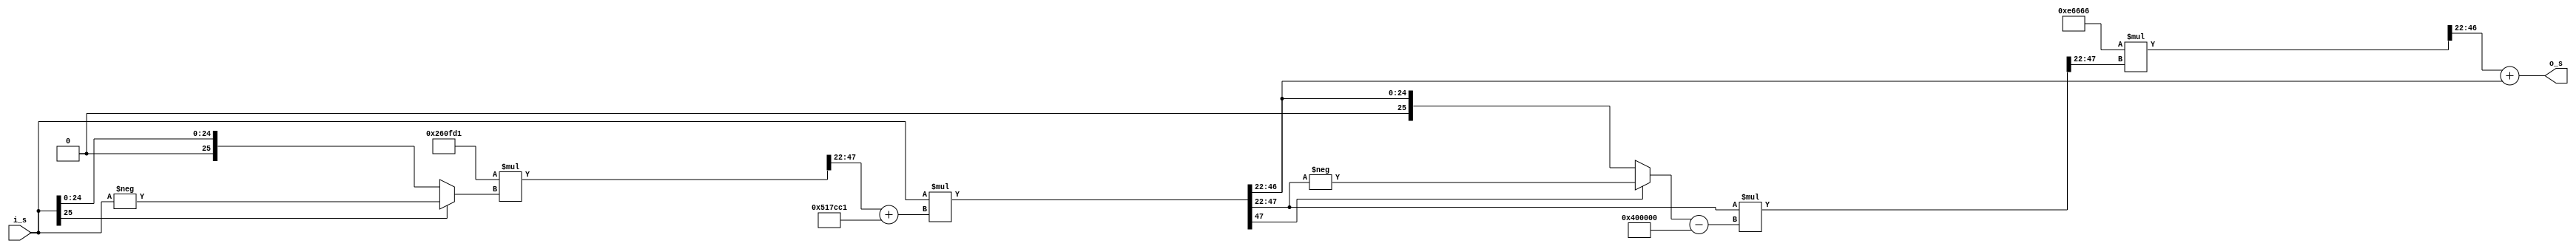
`timescale 1ns / 1ps

module sin
    #(parameter pd = 4, parameter p = 22)(
    input wire signed [pd+p-1:0] i_s, // pdQp, range: -pi, pi -> pd=3 bit for int, 1 for overflow
	//input wire clk,
    output wire signed [3+p-1:0] o_s // 3Qp
    );
    
	wire signed [pd+p-1:0] abs_p, m1_dw, y_dw, abs_y_dw, m2_dw, m3_dw; // pdQp	
	wire signed [2*pd+2*p-1:0] y, m1, m2, m3;
	
	// constants
    wire signed [26-1:0] B, one, C, P; 
	wire signed [pd+p-1:0] B_p, one_p, C_p, P_p;
	
    assign B = 26'b0001_0100010111110011000001; // 4/pi 4Q22
	assign C = 26'b1111_1001100000111111010001; // -4/pi**2 4Q22
	assign P = 26'b0000_0011100110011001100110; // 0.225 4Q22
	assign one = 26'b0001_0000000000000000000000; // 1 4Q22
		
	assign B_p = B[26-1:(26-4)-p];
	assign C_p = C[26-1:(26-4)-p];
	assign P_p = P[26-1:(26-4)-p];
	assign one_p = one[26-1:(26-4)-p];
	
	/* debugging
	integer file;
	reg [7:0] log_cntr = 8'b0;
	initial begin
		file = $fopen("display_output_sin.txt","w");
	end
	
	always @(posedge clk) begin
		$fwrite(file, "i_s, %b\n", i_s);
		$fwrite(file, "abs_p, %b\n", abs_p);
		$fwrite(file, "m1, %b\n", m1);
		$fwrite(file, "m1_dw, %b\n", m1_dw);
		$fwrite(file, "y, %b\n", y);
		$fwrite(file, "y_dw, %b\n", y_dw);
		$fwrite(file, "m2, %b\n", m2);
		$fwrite(file, "m3, %b\n", m3);
		$fwrite(file, "o_s, %b\n", o_s);
		$fwrite(file, "clk cycle %b done \n\n", log_cntr);
		log_cntr <= log_cntr + 1;
	end
	
	always @(log_cntr) begin
		$display("log_cntr: %b", log_cntr);
		if (log_cntr == 8'b00001100)
			$fclose(file);
			//log_cntr <= 8'b0;
	end
	*/
    assign abs_p = (i_s[pd+p-1] == 1'b1) ? -i_s : i_s; // pdQp
	
	assign m1 = C_p * abs_p; // (2*pd)Q(2*p)
	assign m1_dw = m1[pd+2*p:p]; // pdQp
	
    assign y = i_s * (m1_dw + B_p); // (2*pd)Q(2*p)
    assign y_dw = y[pd+2*p:p]; // pdQp
	
    assign abs_y_dw = (y_dw[pd+p-1] == 1'b1) ? -y_dw : y_dw; // pdQp
	
	assign m2 = y_dw * (abs_y_dw - one_p); // (2*pd)Q(2*p)
	assign m2_dw = m2[pd+2*p:p]; // pdQp
	
    assign m3 = P_p * m2_dw; // (2*pd)Q(2*p)
	assign m3_dw = m3[pd+2*p:p]; // pdQp
	
	assign o_s = m3_dw + y_dw; // 3Qp

endmodule